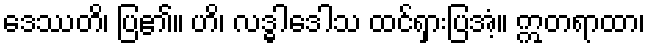
ဒေဿတိ၊ ပြ၏။ ဟိ၊ လဒ္ဓါဒေါသ ထင်ရှားပြအံ့။ ဣတရာထာ၊